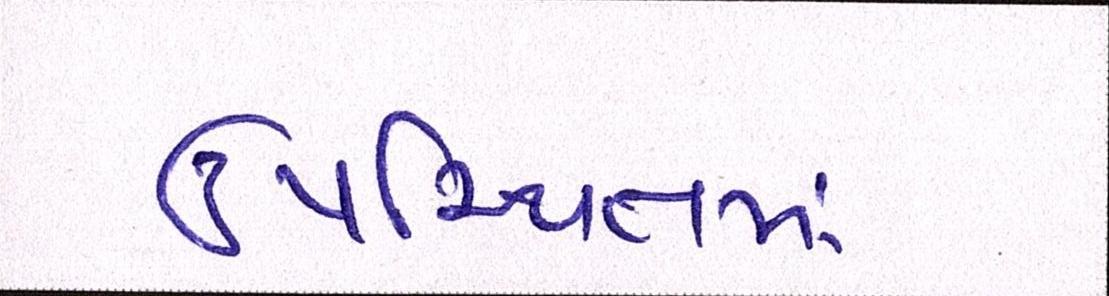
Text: ઉપસ્થિતમાં